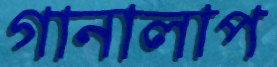
গানালাপ